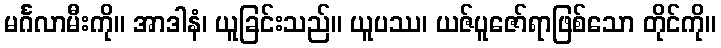
မင်္ဂလာမီးကို။ အာဒါနံ၊ ယူခြင်းသည်။ ယူပဿ၊ ယဇ်ပူဇော်ရာဖြစ်သော တိုင်ကို။